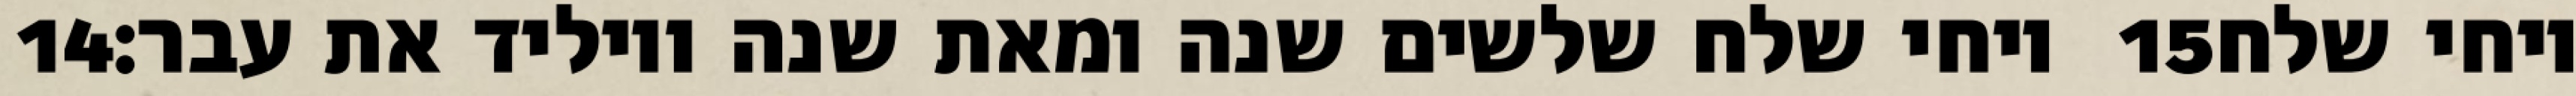
‎14‏ ויחי שלח שלשים שנה ומאת שנה ויוליד את עבר׃ ‎15‏ ויחי שלח